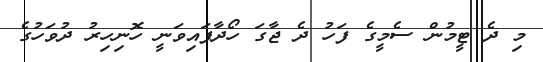
މި ދެ ޓީމުން ސެމީގެ ފަހު ދެ ޖާގަ ހޯދާފައިވަނީ ހޮނިހިރު ދުވަހުގެ